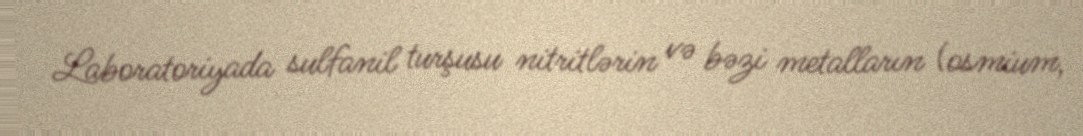
Laboratoriyada sulfanil turşusu nitritlərin və bəzi metalların (osmium,